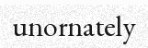
unornately